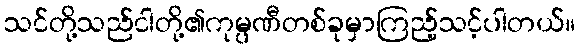
သင်တို့သည်ငါတို့၏ကုမ္ပဏီတစ်ခုမှာကြည့်သင့်ပါတယ်။